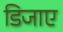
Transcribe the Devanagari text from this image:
डिजाए